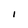
Character: I